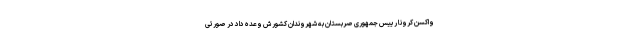
واکسن کرونا رییس جمهوری صربستان به شهروندان کشورش وعده داد در صورتی